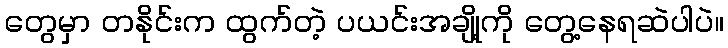
တွေမှာ တနိုင်းက ထွက်တဲ့ ပယင်းအချို့ကို တွေ့နေရဆဲပါပဲ။